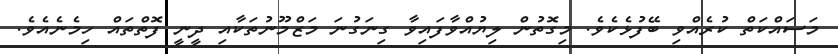
މަސައްކަތް ކުރެއްވި ބޭފުޅެކެވެ. މިގޮތުން ލިޔުއްވާފައިވާ ގިނަގުނަ މަޒްމޫނުތަކާއި ދީނީ ފޮތްތައް ހިމެނެއެވެ.